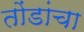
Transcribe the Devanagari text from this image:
तोंडांचा